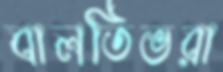
বালতিভরা